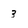
Character: 3